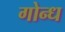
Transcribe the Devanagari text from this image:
गोन्ध